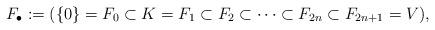
LaTeX: \begin{align*}F_\bullet:=(\left\{0\right\}=F_0 \subset K=F_1 \subset F_2 \subset \dots \subset F_{2n} \subset F_{2n+1}=V),\end{align*}